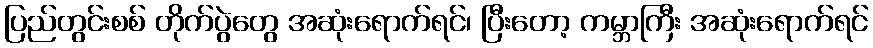
ပြည်တွင်းစစ် တိုက်ပွဲတွေ အဆုံးရောက်ရင်၊ ပြီးတော့ ကမ္ဘာကြီး အဆုံးရောက်ရင်